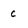
Character: c